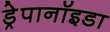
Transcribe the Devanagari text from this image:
ड्रेपानॉइडा